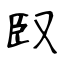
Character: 臤